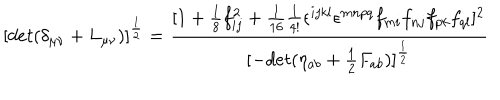
LaTeX: [ d e t ( \delta _ { \mu \nu } + L _ { \mu \nu } ) ] ^ { \frac { 1 } { 2 } } = \frac { [ 1 + \frac { 1 } { 8 } f _ { i j } ^ { 2 } + \frac { 1 } { 1 6 } \frac { 1 } { 4 ! } \epsilon ^ { i j k l } \epsilon ^ { m n p q } f _ { m i } f _ { n j } f _ { p k } f _ { q l } ] ^ { 2 } } { [ - d e t ( \eta _ { a b } + \frac { 1 } { 2 } F _ { a b } ) ] ^ { \frac { 1 } { 2 } } }